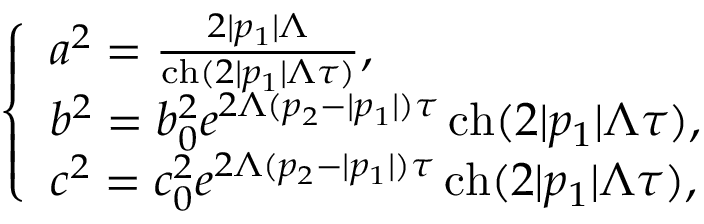
{ \left\{ \begin{array} { l l } { a ^ { 2 } = { \frac { 2 | p _ { 1 } | \Lambda } { \operatorname { c h } ( 2 | p _ { 1 } | \Lambda \tau ) } } , } \\ { b ^ { 2 } = b _ { 0 } ^ { 2 } e ^ { 2 \Lambda ( p _ { 2 } - | p _ { 1 } | ) \tau } \operatorname { c h } ( 2 | p _ { 1 } | \Lambda \tau ) , } \\ { c ^ { 2 } = c _ { 0 } ^ { 2 } e ^ { 2 \Lambda ( p _ { 2 } - | p _ { 1 } | ) \tau } \operatorname { c h } ( 2 | p _ { 1 } | \Lambda \tau ) , } \end{array} \right. }